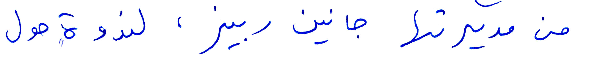
من مديرتها جانين ربيز، لندوة حول